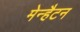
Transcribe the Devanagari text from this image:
मेन्हैटन